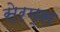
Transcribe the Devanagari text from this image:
सेरम्स